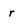
Character: r